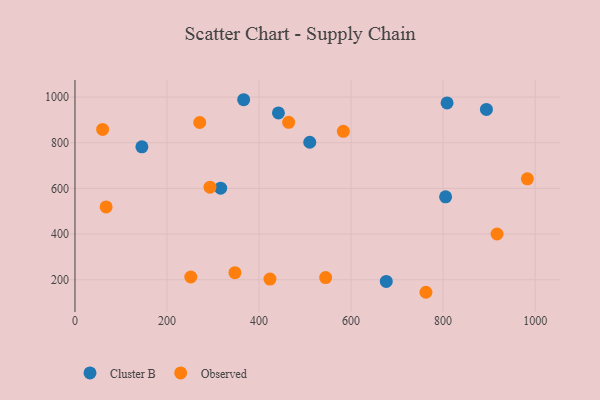
{"axis": {"x": "Speed", "y": "Exam Score"}, "legend": ["Cluster B", "Observed"], "data": [{"x": "366.6", "y": 988.3, "type": "Cluster B"}, {"x": "442.1", "y": 930.7, "type": "Cluster B"}, {"x": "808.6", "y": 974.1, "type": "Cluster B"}, {"x": "805.4", "y": 562.9, "type": "Cluster B"}, {"x": "316.6", "y": 600.9, "type": "Cluster B"}, {"x": "145.4", "y": 781.8, "type": "Cluster B"}, {"x": "510.2", "y": 802.0, "type": "Cluster B"}, {"x": "894.1", "y": 945.9, "type": "Cluster B"}, {"x": "676.5", "y": 192.7, "type": "Cluster B"}, {"x": "583.2", "y": 849.9, "type": "Observed"}, {"x": "67.7", "y": 518.7, "type": "Observed"}, {"x": "347.6", "y": 230.9, "type": "Observed"}, {"x": "544.7", "y": 209.3, "type": "Observed"}, {"x": "762.7", "y": 145.0, "type": "Observed"}, {"x": "464.3", "y": 889.4, "type": "Observed"}, {"x": "917.2", "y": 400.2, "type": "Observed"}, {"x": "271.1", "y": 888.5, "type": "Observed"}, {"x": "251.7", "y": 211.9, "type": "Observed"}, {"x": "423.7", "y": 202.7, "type": "Observed"}, {"x": "60.1", "y": 858.1, "type": "Observed"}, {"x": "293.4", "y": 605.2, "type": "Observed"}, {"x": "983.1", "y": 641.8, "type": "Observed"}]}